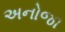
અનોજા